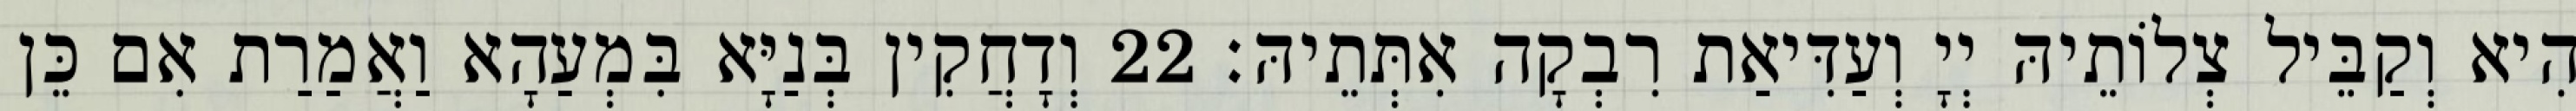
הִיא וְקַבֵּיל צְלוֹתֵיהּ יְיָ וְעַדִּיאַת רִבְקָה אִתְּתֵיהּ׃ 22 וְדָחֲקִין בְּנַיָּא בִּמְעַהָא וַאֲמַרַת אִם כֵּן